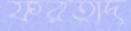
ফরহাদ